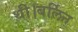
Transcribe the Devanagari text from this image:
थी।बर्लिन